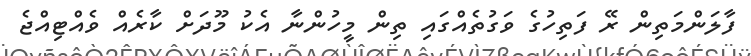
ފާލަންމަތިން ރޭ ފަތިހުގެ ވަގުތެއްގައި ތިން މީހުންނާ އެކު މޫދަށް ކާރެއް ވެއްޓިއްޖެ